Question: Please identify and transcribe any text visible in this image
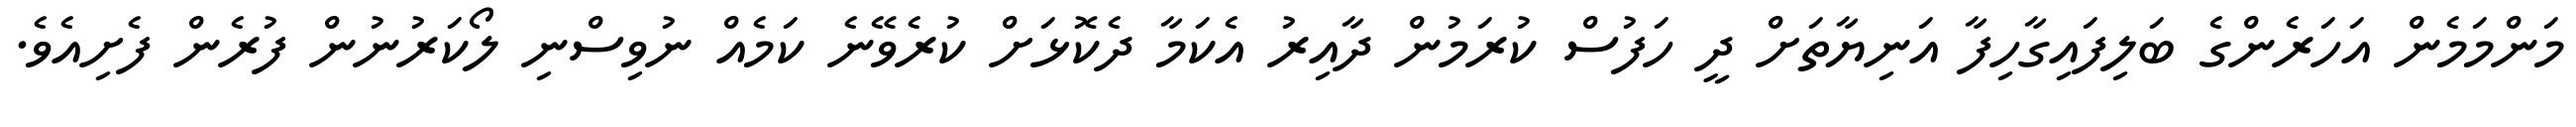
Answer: މަންމަމެން އަހަރެންގެ ބަލިފައިގާހިފާ އަނިޔާތަށް ދީ ހަފުސް ކުރަމުން ދާއިރު އެކަމާ ދެކޮޅަށް ކުރެވޭނެ ކަމެއް ނުވިސްނި ލޯކަރުނުން ފުރެން ފެށިއެވެ.